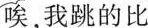
唉，我跳的比